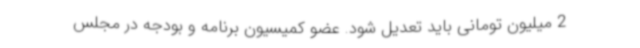
2 میلیون تومانی باید تعدیل شود. عضو کمیسیون برنامه و بودجه در مجلس